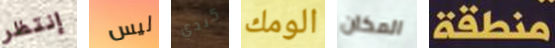
إنتظر ليس كندي الومك المكان منطقة